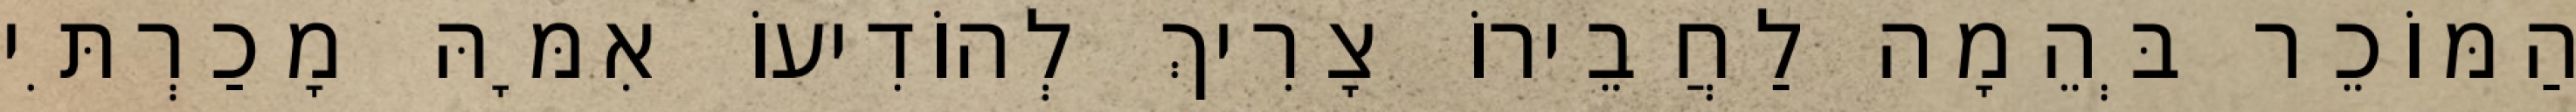
הַמּוֹכֵר בְּהֵמָה לַחֲבֵירוֹ צָרִיךְ לְהוֹדִיעוֹ אִמָּהּ מָכַרְתִּי